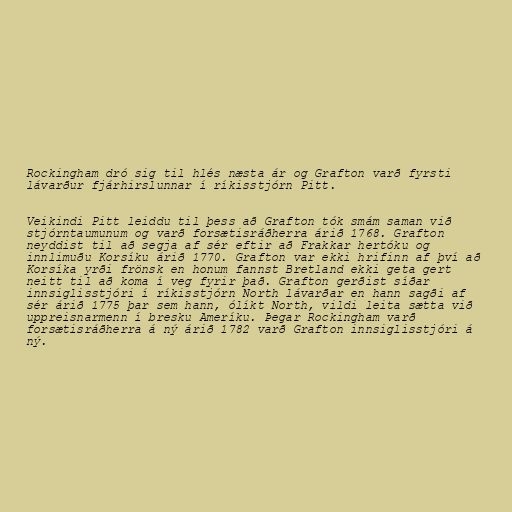
Rockingham dró sig til hlés næsta ár og Grafton varð fyrsti
lávarður fjárhirslunnar í ríkisstjórn Pitt.

Veikindi Pitt leiddu til þess að Grafton tók smám saman við
stjórntaumunum og varð forsætisráðherra árið 1768. Grafton
neyddist til að segja af sér eftir að Frakkar hertóku og
innlimuðu Korsíku árið 1770. Grafton var ekki hrifinn af því að
Korsíka yrði frönsk en honum fannst Bretland ekki geta gert
neitt til að koma í veg fyrir það. Grafton gerðist síðar
innsiglisstjóri í ríkisstjórn North lávarðar en hann sagði af
sér árið 1775 þar sem hann, ólíkt North, vildi leita sætta við
uppreisnarmenn í bresku Ameríku. Þegar Rockingham varð
forsætisráðherra á ný árið 1782 varð Grafton innsiglisstjóri á
ný.